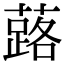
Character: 蕗